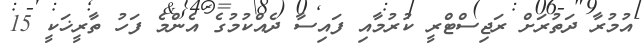
އުމުރާ ދަތުރަށް ރަޖިސްޓްރީ ކުރުމާއި ފައިސާ ދެއްކުމުގެ އެންމެ ފަހު ތާރީޚަކީ 15